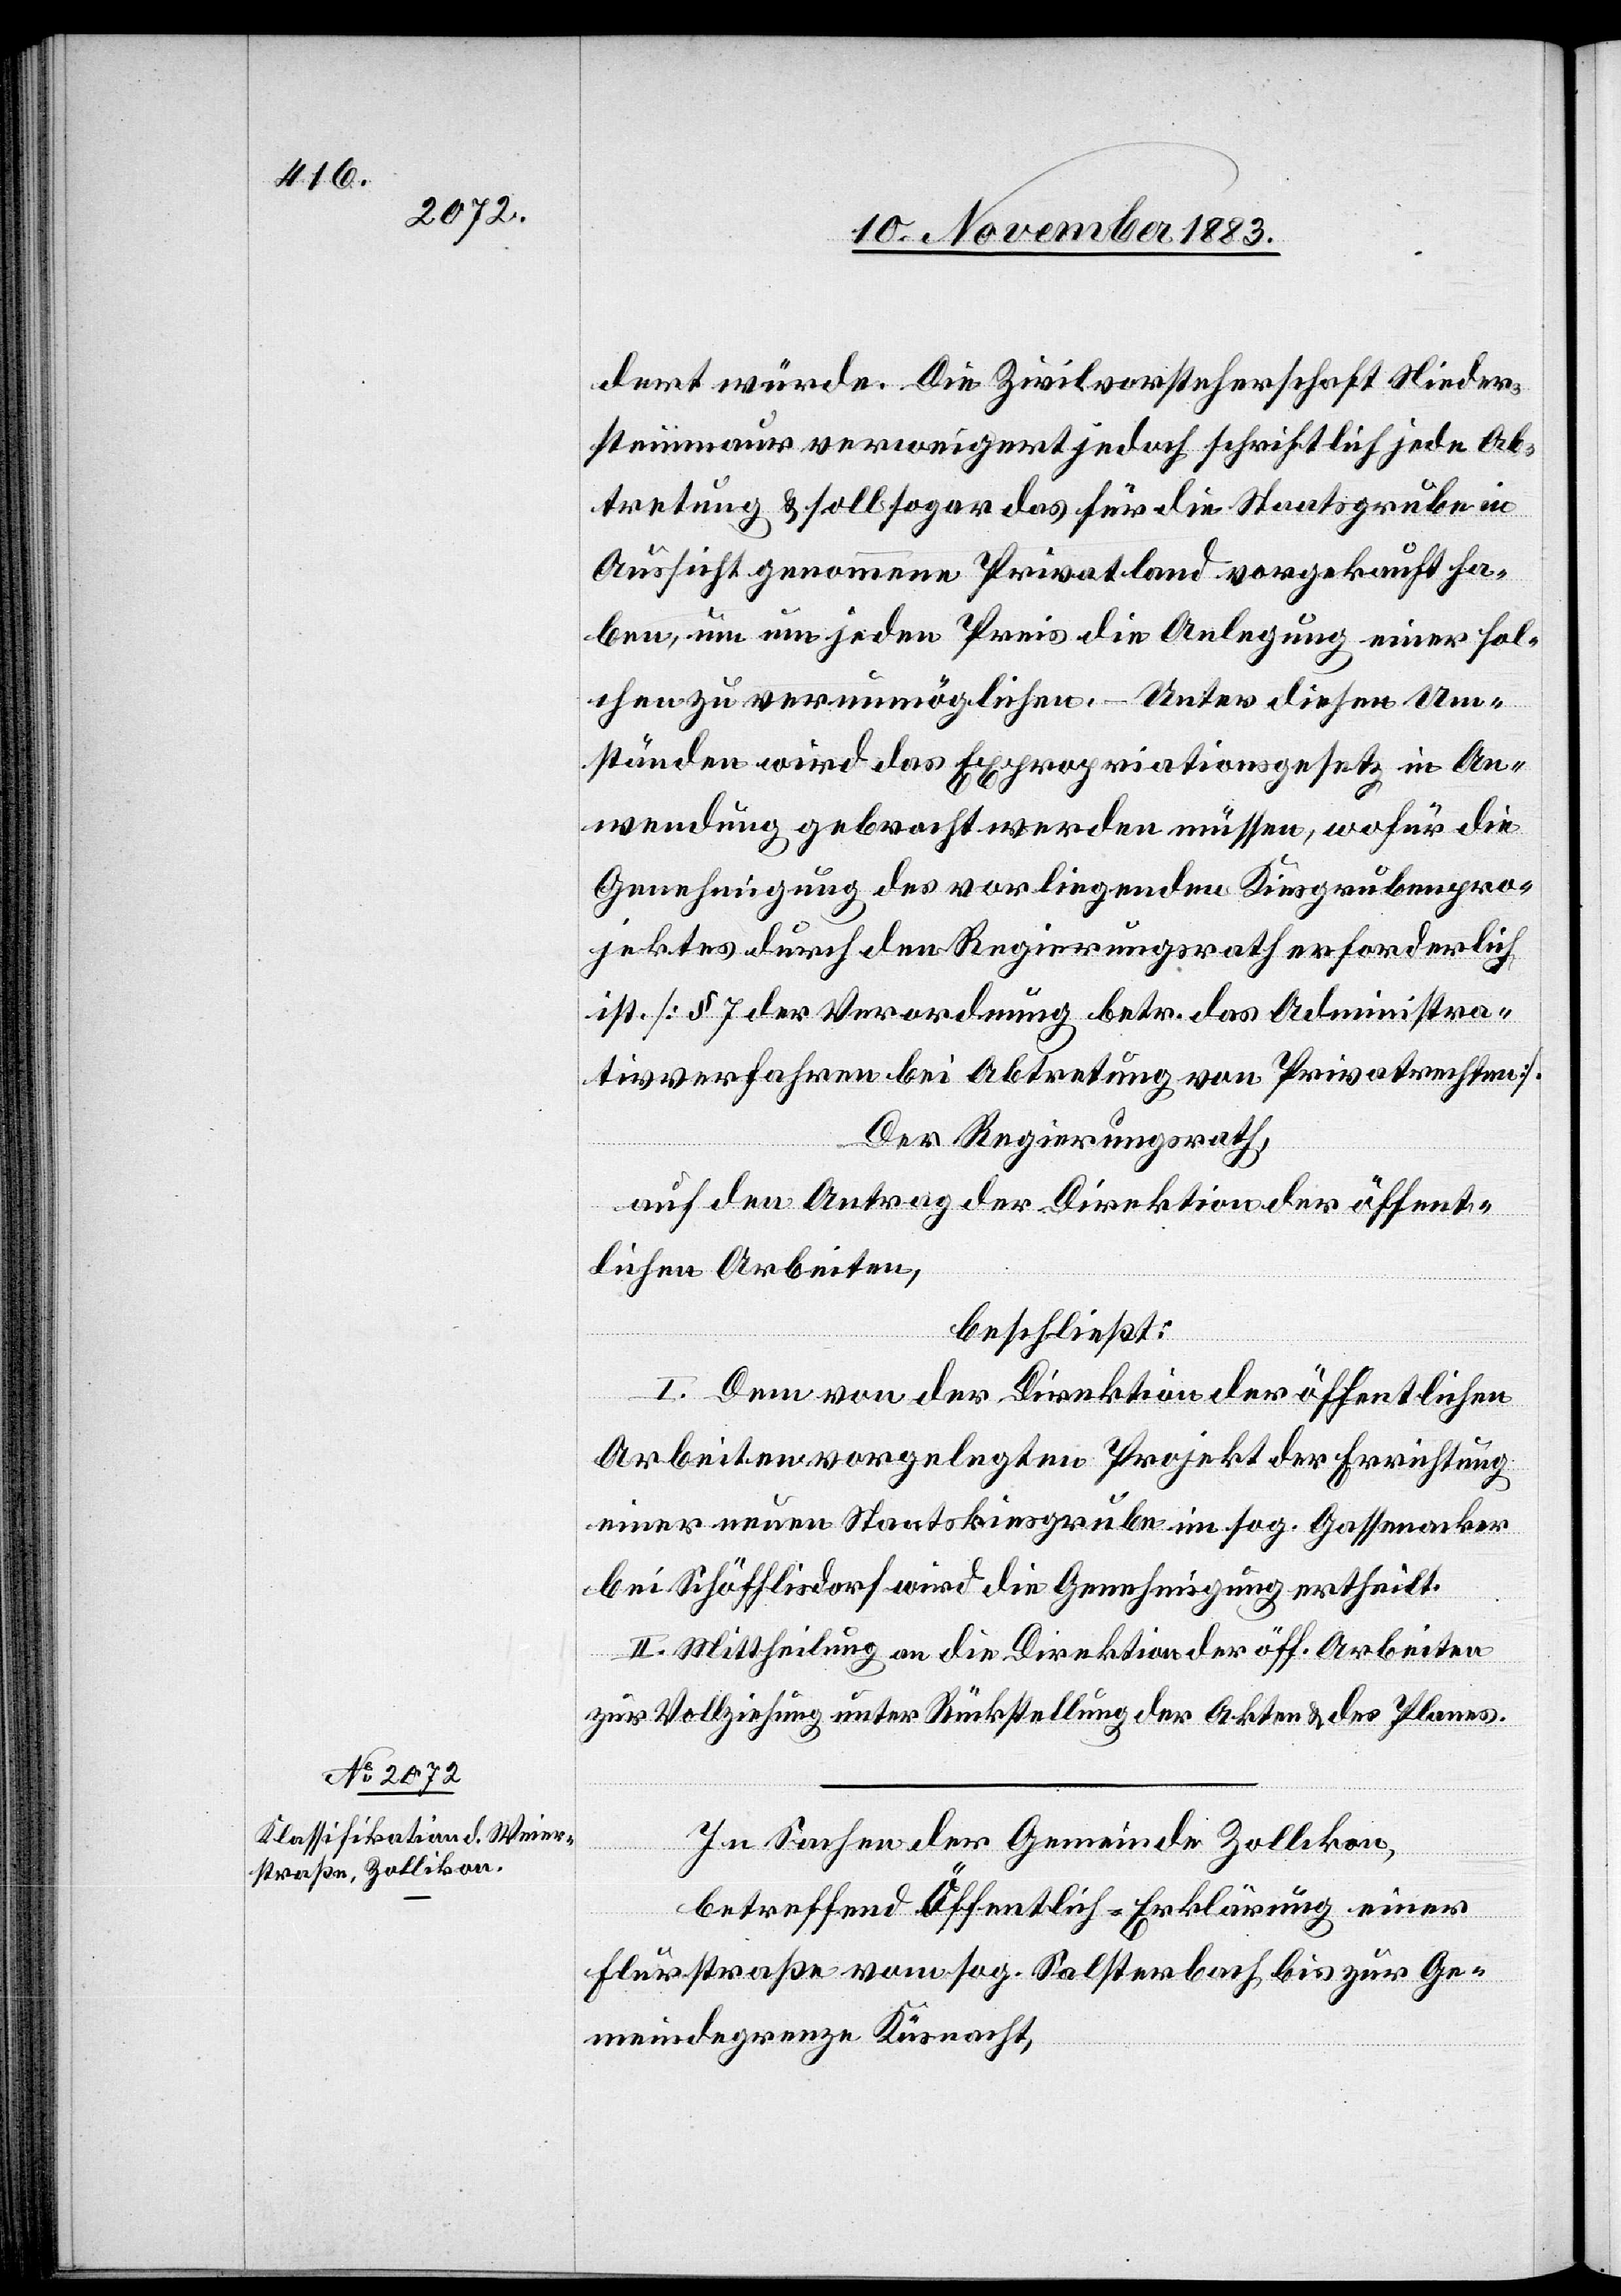
dert würde. Die Zivilvorsteherschaft Nieder¬
steinmaur verweigert jedoch schriftlich jede Ab¬
tretung & soll sogar das für die Staatsgrube in
Aussicht genommene Privatland vorgekauft ha¬
ben, um um jeden Preis die Anlegung einer sol¬
chen zu verunmöglichen. – Unter diesen Um¬
ständen wird das Expropriationsgesetz in An¬
wendung gebracht werden müssen, wofür die
Genehmigung des vorliegenden Kiesgrubenpro¬
jektes durch den Regierungsrath erforderlich
ist. [§ 7 der Verordnung betr. das Administra¬
tivverfahren bei Abtretung von Privatrechten].
Der Regierungsrath,
auf den Antrag der Direktion der öffent¬
lichen Arbeiten,
beschließt:
I. Dem von der Direktion der öffentlichen
Arbeiten vorgelegten Projekt der Errichtung
einer neuen Staatskiesgrube im sog. Gassenacker
bei Schöfflisdorf wird die Genehmigung ertheilt.
II. Mittheilung an die Direktion der öff. Arbeiten
zur Vollziehung unter Rückstellung der Akten & des Planes.
In Sachen der Gemeinde Zollikon,
betreffend Öffentlich-Erklärung einer
Flurstraße von sog. Salsterbach bis zur Ge¬
meindegrenze Küsnacht,